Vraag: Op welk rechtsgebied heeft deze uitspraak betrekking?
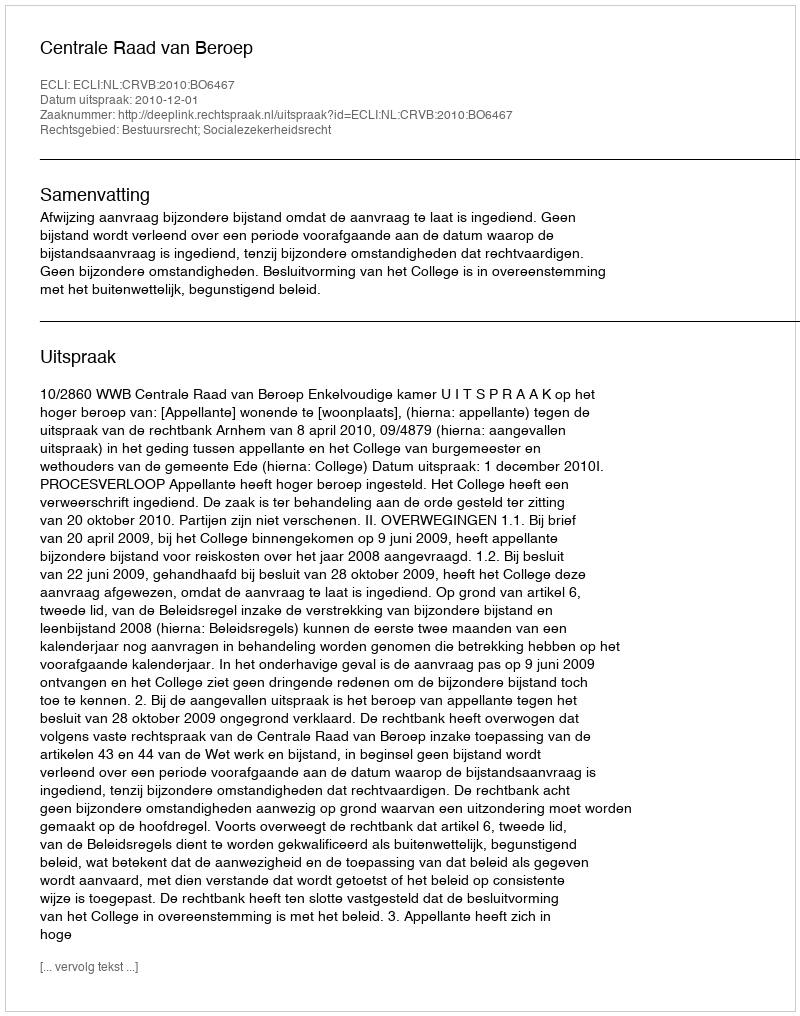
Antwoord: Bestuursrecht; Socialezekerheidsrecht